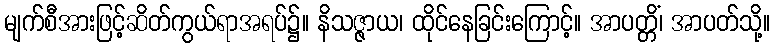
မျက်စီအားဖြင့်ဆိတ်ကွယ်ရာအရပ်၌။ နိသဇ္ဇာယ၊ ထိုင်နေခြင်းကြောင့်။ အာပတ္တိံ၊ အာပတ်သို့။